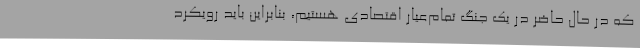
که در حال حاضر در یک جنگ تمام‌عیار اقتصادی هستیم، بنابراین باید رویکرد